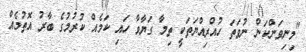
"މިނިވަންކަން ނުވަތަ ހުއްރިއްޔަތަކީ ތިމާ ގަޔާވާ ހައި ކަމެއް ކުރުމުގެ ބާރު އޮތުމެއް